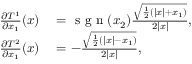
\begin{array} { r l } { \frac { \partial T ^ { 1 } } { \partial x _ { 1 } } ( x ) } & { { } = \textrm { s g n } ( x _ { 2 } ) \frac { \sqrt { \frac { 1 } { 2 } \left( | x | + x _ { 1 } \right) } } { 2 | x | } , } \\ { \frac { \partial T ^ { 2 } } { \partial x _ { 1 } } ( x ) } & { { } = - \frac { \sqrt { \frac { 1 } { 2 } \left( | x | - x _ { 1 } \right) } } { 2 | x | } , } \end{array}